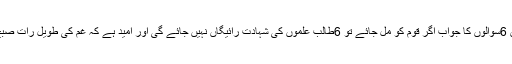
اس سانحہ پر اٹھائے گئے ان 6سوالوں کا جواب اگر قوم کو مل جائے تو 6طالب علموں کی شہادت رائیگاں نہیں جائے گی اور امید ہے کہ غم کی طویل رات صبحِ روشن میں بدل جائے گی ۔